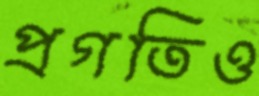
প্রগতিও